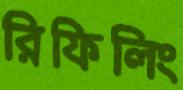
রিফিলিং